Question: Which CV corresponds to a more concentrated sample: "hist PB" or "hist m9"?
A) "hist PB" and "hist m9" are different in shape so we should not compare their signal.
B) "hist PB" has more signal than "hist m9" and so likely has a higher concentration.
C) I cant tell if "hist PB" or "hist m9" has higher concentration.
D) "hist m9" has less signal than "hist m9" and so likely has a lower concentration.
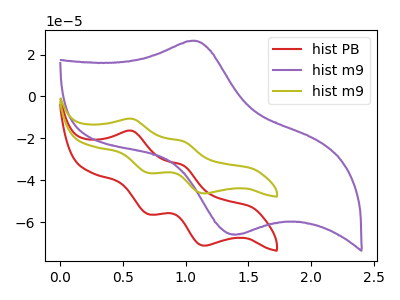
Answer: <think>The red curve "hist PB" has anodic peaks at (0.55V, -16.40uA) (1.00V, -32.85uA) and cathodic peaks at (0.70V, -56.20uA) (1.15V, -71.20uA). The purple curve "hist m9" has an anodic peak at (1.05V, 26.55uA) and a cathodic peak at (1.40V, -65.80uA). The olive curve "hist m9" has anodic peaks at (0.55V, -10.65uA) (1.00V, -21.35uA) and cathodic peaks at (0.70V, -36.50uA) (1.15V, -46.25uA).
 All the peaks in "hist PB" have a peak in "hist m9" at the same potential.</think>
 <answer>C) I cant tell if "hist PB" or "hist m9" has higher concentration.</answer>
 <eval>C</eval>